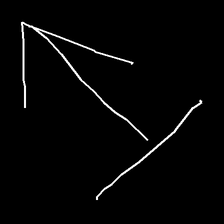
Glyph: levitation